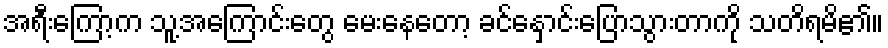
အရီးကြော့က သူ့အကြောင်းတွေ မေးနေတော့ ခင်နှောင်းပြောသွားတာကို သတိရမိ၏။